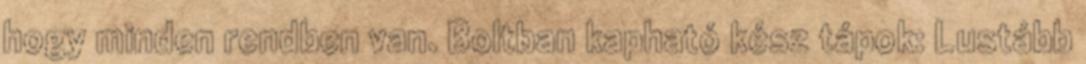
hogy minden rendben van. Boltban kapható kész tápok: Lustább